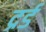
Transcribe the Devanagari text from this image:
द्रर्ड